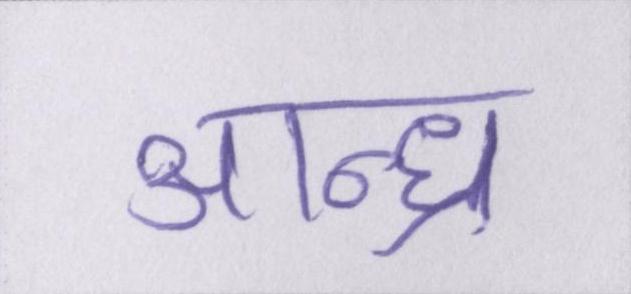
आन्ध्र